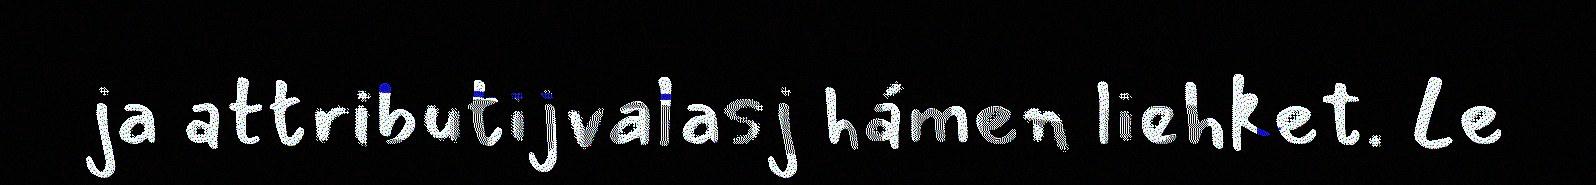
ja attributijvalasj hámen liehket. Le